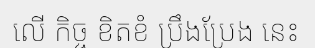
លើ កិច្ច ខិតខំ ប្រឹងប្រែង នេះ